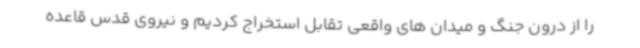
را از درون جنگ و میدان های واقعی تقابل استخراج کردیم و نیروی قدس قاعده